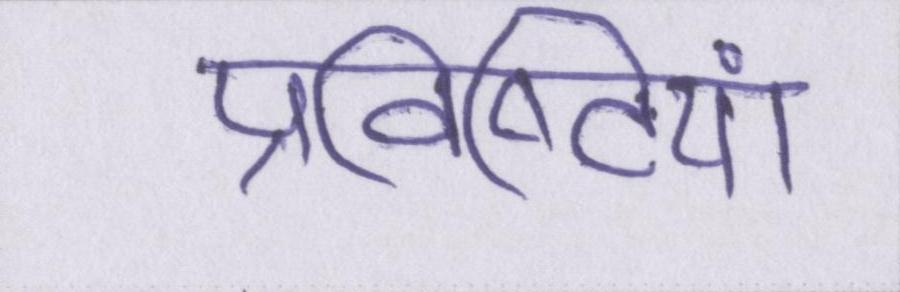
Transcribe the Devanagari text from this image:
प्रविष्टियां